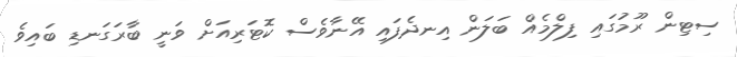
ސިޓިން ރޫމުގައި ފިލްމެއް ބަލަން އިނދެފައި އޭނާވެސް ކޮޓަރިއަށް ވަނީ ބާރަގަނޑި ބައިވެ